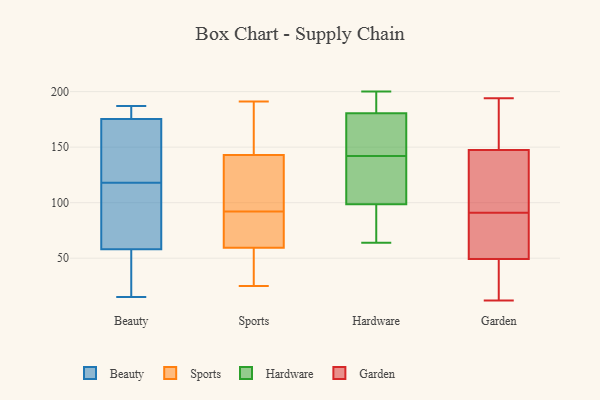
{"axis": {"x": "Active Users", "y": "Value"}, "legend": ["Beauty", "Garden", "Hardware", "Sports"], "data": [{"x": "", "y": 15, "type": "Beauty"}, {"x": "", "y": 31, "type": "Beauty"}, {"x": "", "y": 174, "type": "Beauty"}, {"x": "", "y": 185, "type": "Beauty"}, {"x": "", "y": 94, "type": "Beauty"}, {"x": "", "y": 59, "type": "Beauty"}, {"x": "", "y": 64, "type": "Beauty"}, {"x": "", "y": 129, "type": "Beauty"}, {"x": "", "y": 30, "type": "Beauty"}, {"x": "", "y": 58, "type": "Beauty"}, {"x": "", "y": 58, "type": "Beauty"}, {"x": "", "y": 163, "type": "Beauty"}, {"x": "", "y": 182, "type": "Beauty"}, {"x": "", "y": 143, "type": "Beauty"}, {"x": "", "y": 187, "type": "Beauty"}, {"x": "", "y": 118, "type": "Beauty"}, {"x": "", "y": 179, "type": "Beauty"}, {"x": "", "y": 88, "type": "Sports"}, {"x": "", "y": 79, "type": "Sports"}, {"x": "", "y": 62, "type": "Sports"}, {"x": "", "y": 57, "type": "Sports"}, {"x": "", "y": 25, "type": "Sports"}, {"x": "", "y": 137, "type": "Sports"}, {"x": "", "y": 100, "type": "Sports"}, {"x": "", "y": 180, "type": "Sports"}, {"x": "", "y": 105, "type": "Sports"}, {"x": "", "y": 156, "type": "Sports"}, {"x": "", "y": 141, "type": "Sports"}, {"x": "", "y": 191, "type": "Sports"}, {"x": "", "y": 41, "type": "Sports"}, {"x": "", "y": 186, "type": "Sports"}, {"x": "", "y": 63, "type": "Sports"}, {"x": "", "y": 66, "type": "Sports"}, {"x": "", "y": 55, "type": "Sports"}, {"x": "", "y": 145, "type": "Sports"}, {"x": "", "y": 96, "type": "Sports"}, {"x": "", "y": 48, "type": "Sports"}, {"x": "", "y": 172, "type": "Hardware"}, {"x": "", "y": 145, "type": "Hardware"}, {"x": "", "y": 166, "type": "Hardware"}, {"x": "", "y": 139, "type": "Hardware"}, {"x": "", "y": 64, "type": "Hardware"}, {"x": "", "y": 96, "type": "Hardware"}, {"x": "", "y": 191, "type": "Hardware"}, {"x": "", "y": 109, "type": "Hardware"}, {"x": "", "y": 200, "type": "Hardware"}, {"x": "", "y": 101, "type": "Hardware"}, {"x": "", "y": 94, "type": "Hardware"}, {"x": "", "y": 189, "type": "Hardware"}, {"x": "", "y": 12, "type": "Garden"}, {"x": "", "y": 173, "type": "Garden"}, {"x": "", "y": 130, "type": "Garden"}, {"x": "", "y": 143, "type": "Garden"}, {"x": "", "y": 146, "type": "Garden"}, {"x": "", "y": 50, "type": "Garden"}, {"x": "", "y": 180, "type": "Garden"}, {"x": "", "y": 91, "type": "Garden"}, {"x": "", "y": 20, "type": "Garden"}, {"x": "", "y": 32, "type": "Garden"}, {"x": "", "y": 174, "type": "Garden"}, {"x": "", "y": 194, "type": "Garden"}, {"x": "", "y": 24, "type": "Garden"}, {"x": "", "y": 88, "type": "Garden"}, {"x": "", "y": 148, "type": "Garden"}, {"x": "", "y": 69, "type": "Garden"}, {"x": "", "y": 93, "type": "Garden"}, {"x": "", "y": 68, "type": "Garden"}, {"x": "", "y": 49, "type": "Garden"}]}